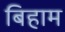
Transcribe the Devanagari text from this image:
बिहाम